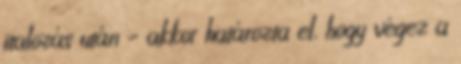
italozás után – akkor határozta el, hogy végez a